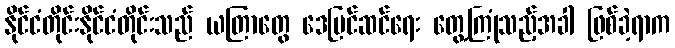
နိုင်ငံတိုင်းနိုင်ငံတိုင်းသည် ယတြာတွေ ဒေပြင်ဆင်ရေး တွေ့ကြုံသည့်အခါ ဖြစ်ခဲ့ရာက